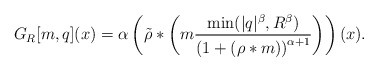
\begin{align*} G_R[m, q](x) = \alpha \left(\tilde \rho * \left(m \frac {\min (|q|^\beta,R^\beta)} {\left(1+(\rho*m)\right)^{\alpha+1}} \right)\right)(x).\end{align*}